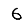
Digit: 6